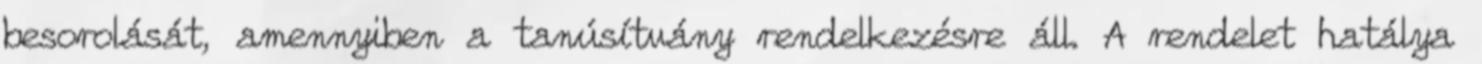
besorolását, amennyiben a tanúsítvány rendelkezésre áll. A rendelet hatálya